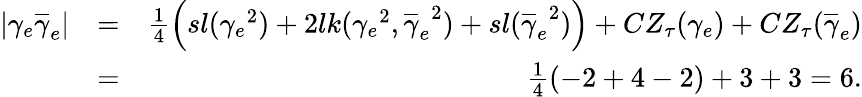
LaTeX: \begin{array}{rlr}{\vert\gamma_{e}\overline{{\gamma}}_{e}\vert}&{=}&{\frac{1}{4}\left(sl({\gamma_{e}}^{2})+2lk({\gamma_{e}}^{2},{\overline{{\gamma}}_{e}}^{2})+sl({\overline{{\gamma}}_{e}}^{2})\right)+CZ_{\tau}(\gamma_{e})+CZ_{\tau}(\overline{{\gamma}}_{e})}\\ &{=}&{\frac{1}{4}(-2+4-2)+3+3=6.}\end{array}